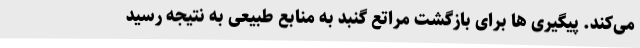
می‌کند. پیگیری ها برای بازگشت مراتع گنبد به منابع طبیعی به نتیجه رسید